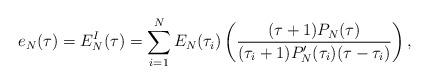
LaTeX: \begin{align*}e_N(\tau) = E_N^I(\tau) = \sum_{i=1}^N E_N(\tau_i) \left( \frac{(\tau+1) P_N(\tau)}{(\tau_i +1) P_N'(\tau_i)(\tau-\tau_i)}\right) ,\end{align*}